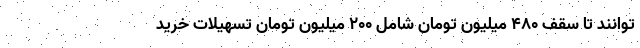
‌توانند تا سقف ۴۸۰ میلیون تومان شامل ۲۰۰ میلیون تومان تسهیلات خرید